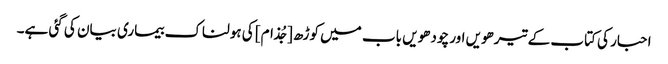
احبار کی کتاب کے تیرھویں اور چودھویں باب میں کوڑھ [جُذام] کی ہولناک بیماری بیان کی گئی ہے۔